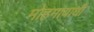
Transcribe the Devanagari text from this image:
मोहमायाथी